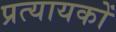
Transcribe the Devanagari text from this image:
प्रत्यायकों